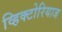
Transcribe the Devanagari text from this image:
व्हिक्टोरियाज